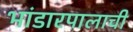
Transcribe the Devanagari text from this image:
भांडारपालाची